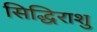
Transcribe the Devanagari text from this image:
सिद्धिराशु